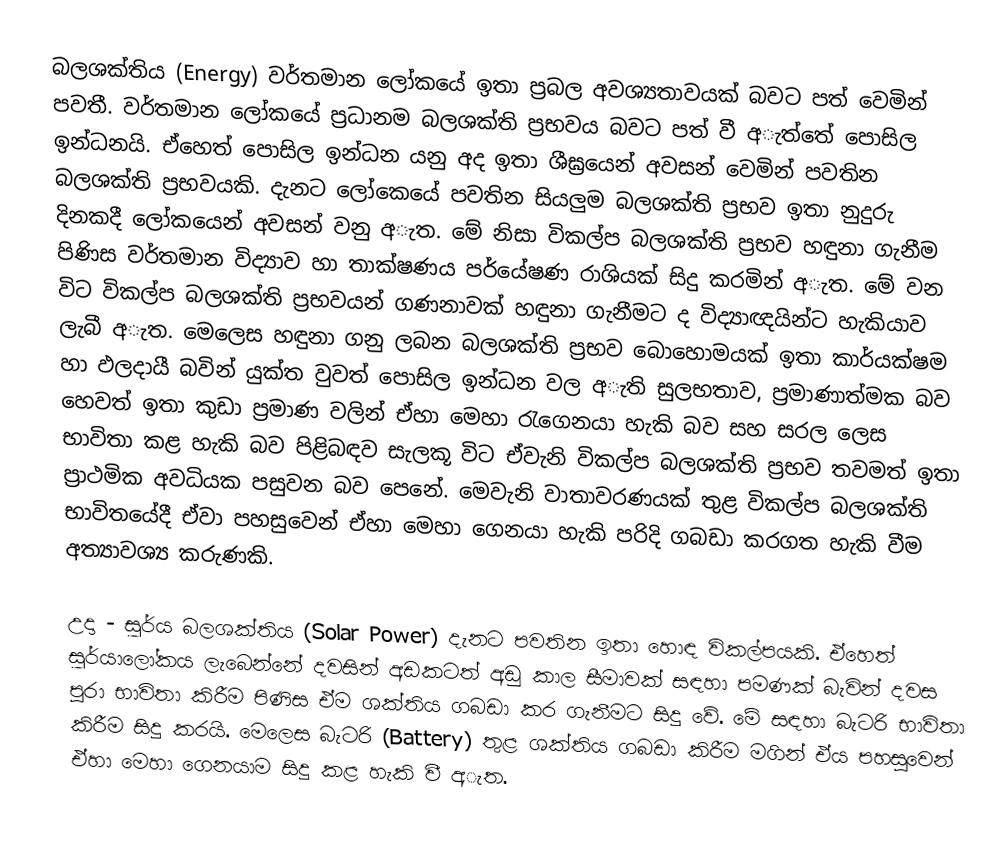
බලශක්තිය (Energy) වර්තමාන ලෝකයේ ඉතා ප්‍රබල අවශ්‍යතාවයක් බවට පත් වෙමින් පවතී. වර්තමාන ලෝකයේ ප්‍රධානම බලශක්ති ප්‍රභවය බවට පත් වී අැත්තේ පොසිල ඉන්ධනයි. ඒහෙත් පොසිල ඉන්ධන යනු අද ඉතා ශීඝ්‍රයෙන් අවසන් වෙමින් පවතින බලශක්ති ප්‍රභවයකි. දැනට ලෝකෙයේ පවතින සියලුම බලශක්ති ප්‍රභව ඉතා නුදුරු දිනකදී ලෝකයෙන් අවසන් වනු අැත. මේ නිසා විකල්ප බලශක්ති ප්‍රභව හඳුනා ගැනීම පිණිස වර්තමාන විද්‍යාව හා තාක්ෂණය පර්යේෂණ රාශියක් සිදු කරමින් අැත. මේ වන විට විකල්ප බලශක්ති ප්‍රභවයන් ගණනාවක් හඳුනා ගැනීමට ද විද්‍යාඥයින්ට හැකියාව ලැබී අැත. මෙලෙස හඳුනා ගනු ලබන බලශක්ති ප්‍රභව බොහොමයක් ඉතා කාර්යක්ෂම හා ඵලදායී බවින් යුක්ත වුවත් පොසිල ඉන්ධන වල අැති සුලභතාව, ප්‍රමාණාත්මක බව හෙවත් ඉතා කුඩා ප්‍රමාණ වලින් ඒහා මෙහා රැගෙනයා හැකි බව සහ සරල ලෙස භාවිතා කළ හැකි බව පිළිබඳව සැලකූ විට ඒවැනි විකල්ප බලශක්ති ප්‍රභව තවමත් ඉතා ප්‍රාථමික අවධියක පසුවන බව පෙනේ. මෙවැනි වාතාවරණයක් තුළ විකල්ප බලශක්ති භාවිතයේදී ඒවා පහසුවෙන් ඒහා මෙහා ගෙනයා හැකි පරිදි ගබඩා කරගත හැකි වීම අත්‍යාවශ්‍ය කරුණකි.

උදා - සූර්ය බලශක්තිය (Solar Power) දැනට පවතින ඉතා හොඳ විකල්පයකි. ඒහෙත් සූර්යාලෝකය ලැබෙන්නේ දවසින් අඩකටත් අඩු කාල සීමාවක් සඳහා පමණක් බැවින් දවස පුරා භාවිතා කිරීම පිණිස ඒම ශක්තිය ගබඩා කර ගැනීමට සිදු වේ. මේ සඳහා බැටරි භාවිතා කිරීම සිදු කරයි. මෙලෙස බැටරි (Battery) තුළ ශක්තිය ගබඩා කිරීම මගින් ඒය පහසුවෙන් ඒහා මෙහා ගෙනයාම සිදු කළ හැකි වී අැත.